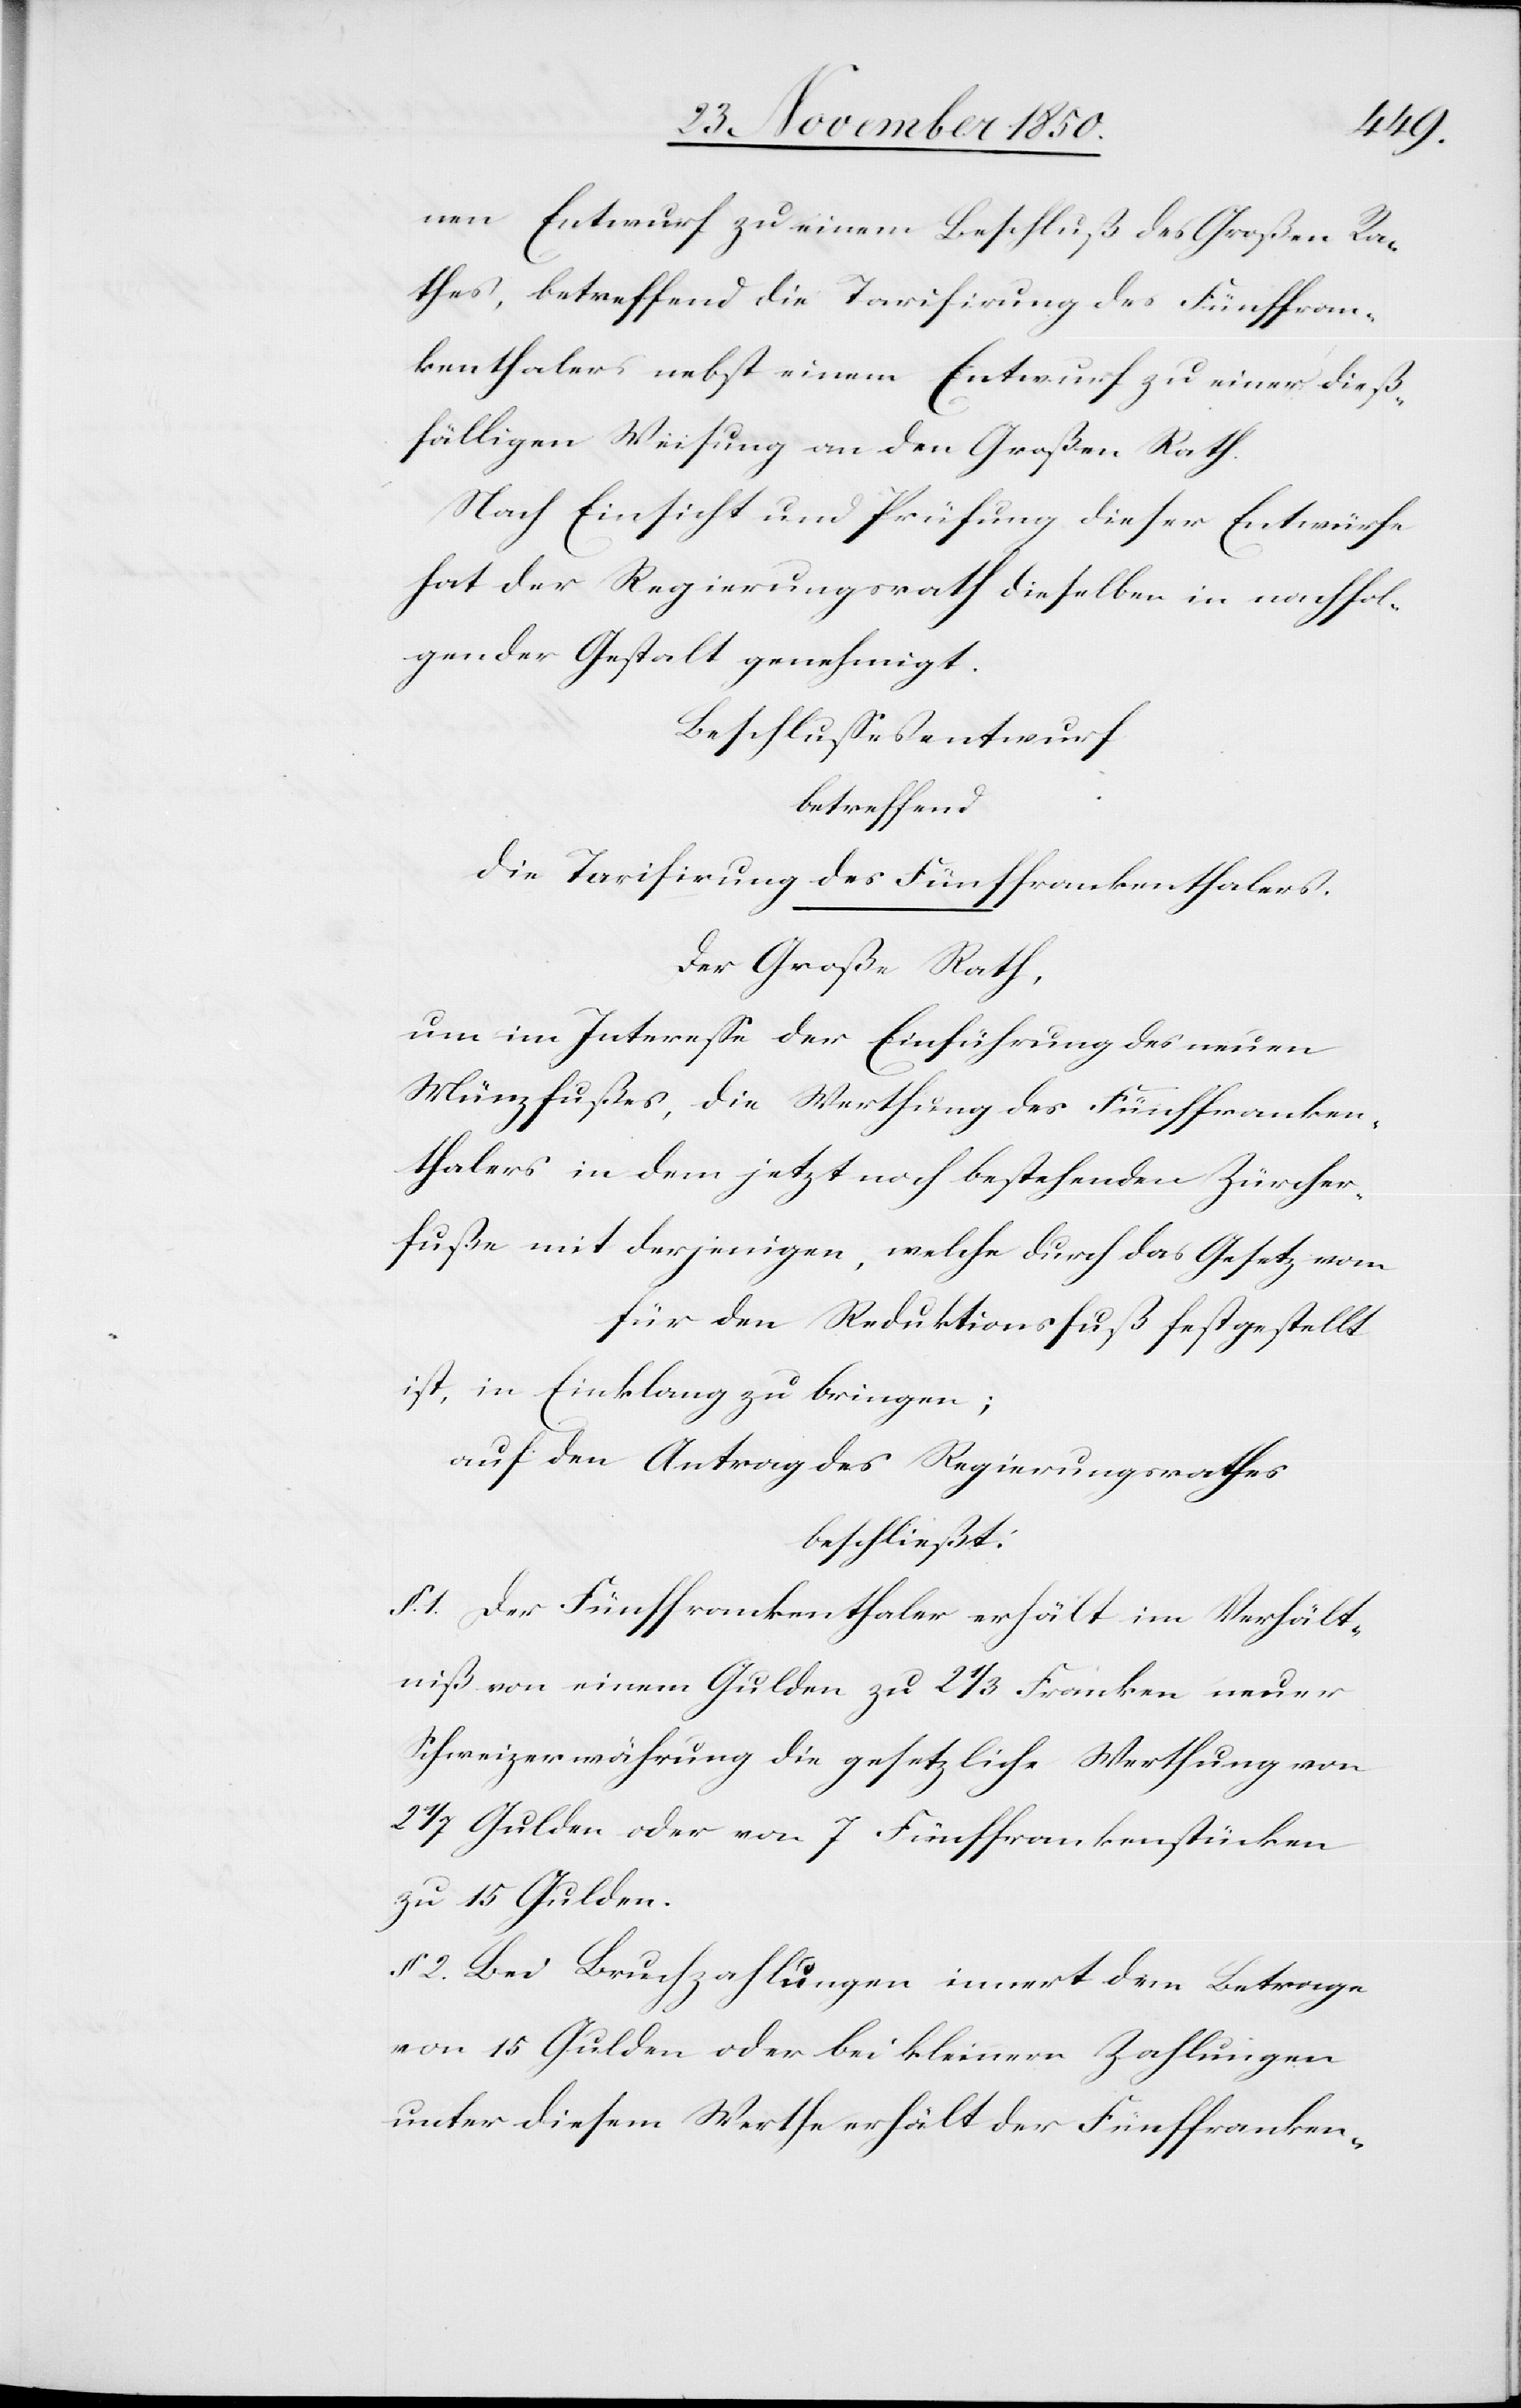
nen Entwurf zu einem Beschluß des Großen Ra¬
thes, betreffend die Tarifirung des Fünffran¬
kenthalers nebst einem Entwurf zu einer dieß¬
fälligen Weisung an den Großen Rath.
Nach Einsicht und Prüfung dieser Entwürfe
hat der Regierungsrath dieselben in nachfol¬
gender Gestalt genehmigt.
Beschlussesentwurf
betreffend
die Tarifirung des Fünffrankenthalers.
Der Große Rath,
um im Interesse der Einführung des neuen
Münzfußes, die Werthung des Fünffranken¬
thalers in dem jetzt noch bestehenden Zürcher¬
fuße mit derjenigen, welche durch das Gesetz vom
für den Reduktionsfuß festgestellt
ist, in Einklang zu bringen;
auf den Antrag des Regierungsrathes
beschließt:
§. 1. Der Fünffrankenthaler erhält im Verhält¬
niß von einem Gulden zu 2 1/3 Franken neuer
Schweizerwährung die gesetzliche Werthung von
2 1/7 Gulden oder von 7 Fünffrankenstücken
zu 15 Gulden.
§ 2. Bei Bruchzahlungen innert dem Betrage
von 15 Gulden oder bei kleinern Zahlungen
unter diesem Werthe erhält der Fünffranken-